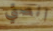
انصتي